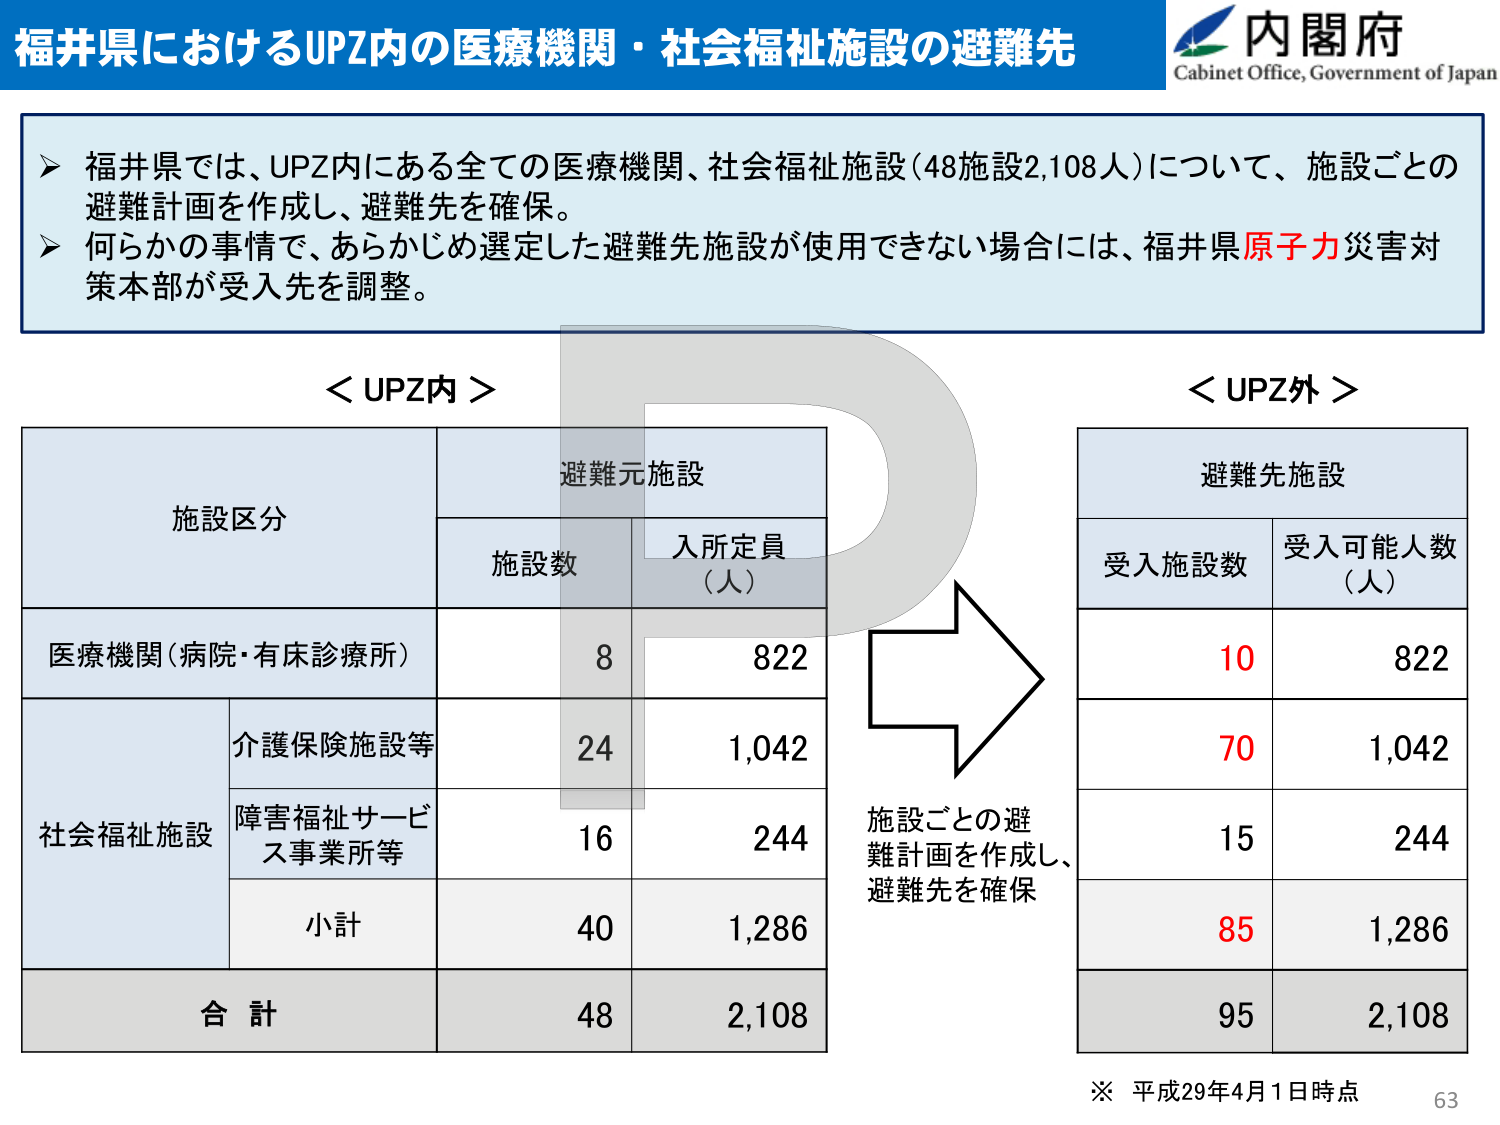
福井県におけるUPZ内の医療機関・社会福祉施設の避難先

内閣府
Cabinet Office, Government of Japan

➤ 福井県では、UPZ内にある全ての医療機関、社会福祉施設（48施設2,108人）について、施設ごとの避難計画を作成し、避難先を確保。
➤ 何らかの事情で、あらかじめ選定した避難先施設が使用できない場合には、福井県原子力災害対策本部が受入先を調整。

＜UPZ内＞

施設区分　　　　　　　　　　　　避難元施設
　　　　　　　　　　　　　　　　施設数　　入所定員（人）

医療機関（病院・有床診療所）　　　8　　　　822

社会福祉施設
　　　介護保険施設等　　　　　　　24　　　　1,042
　　　障害福祉サービス事業所等　　16　　　　244
　　　小計　　　　　　　　　　　　40　　　　1,286

合計　　　　　　　　　　　　　　48　　　　2,108

＜UPZ外＞

避難先施設
　　　　　　　　　　　　　　　　受入施設数　　受入可能人数（人）

　　　　　　　　　　　　　　　　10　　　　　　822
　　　　　　　　　　　　　　　　70　　　　　　1,042
　　　　　　　　　　　　　　　　15　　　　　　244
　　　　　　　　　　　　　　　　85　　　　　　1,286

　　　　　　　　　　　　　　　　95　　　　　　2,108

施設ごとの避難計画を作成し、避難先を確保

※ 平成29年4月1日時点
63